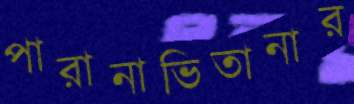
পারানাভিতানার